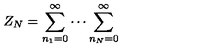
Z _ { N } = \sum _ { n _ { 1 } = 0 } ^ { \infty } \cdots \sum _ { n _ { N } = 0 } ^ { \infty } \,